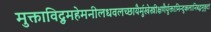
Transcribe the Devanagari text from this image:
मुक्ताविद्रुमहेमनीलधवलच्छायैर्मुखेस्त्रीक्षणैर्युक्तामिन्दुकलानिबद्धमुकुटां